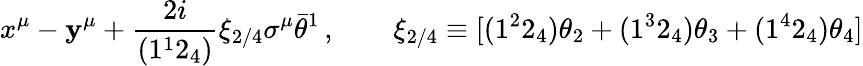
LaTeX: x^{\mu}-\mathbf{y}^{\mu}+\frac{{2i}}{{(1^{1}2_{4})}}\xi_{2/4}\sigma^{\mu}\bar{{\theta}}^{1}\, ,\qquad\xi_{2/4}\equiv[(1^{2}2_{4})\theta_{2}+(1^{3}2_{4})\theta_{3}+(1^{4}2_{4})\theta_{4}]